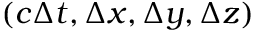
( c \Delta t , \Delta x , \Delta y , \Delta z )